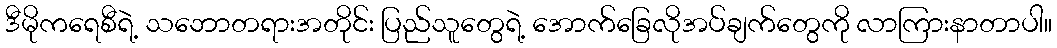
ဒီမိုကရေစီရဲ့ သဘောတရားအတိုင်း ပြည်သူတွေရဲ့ အောက်ခြေလိုအပ်ချက်တွေကို လာကြားနာတာပါ။